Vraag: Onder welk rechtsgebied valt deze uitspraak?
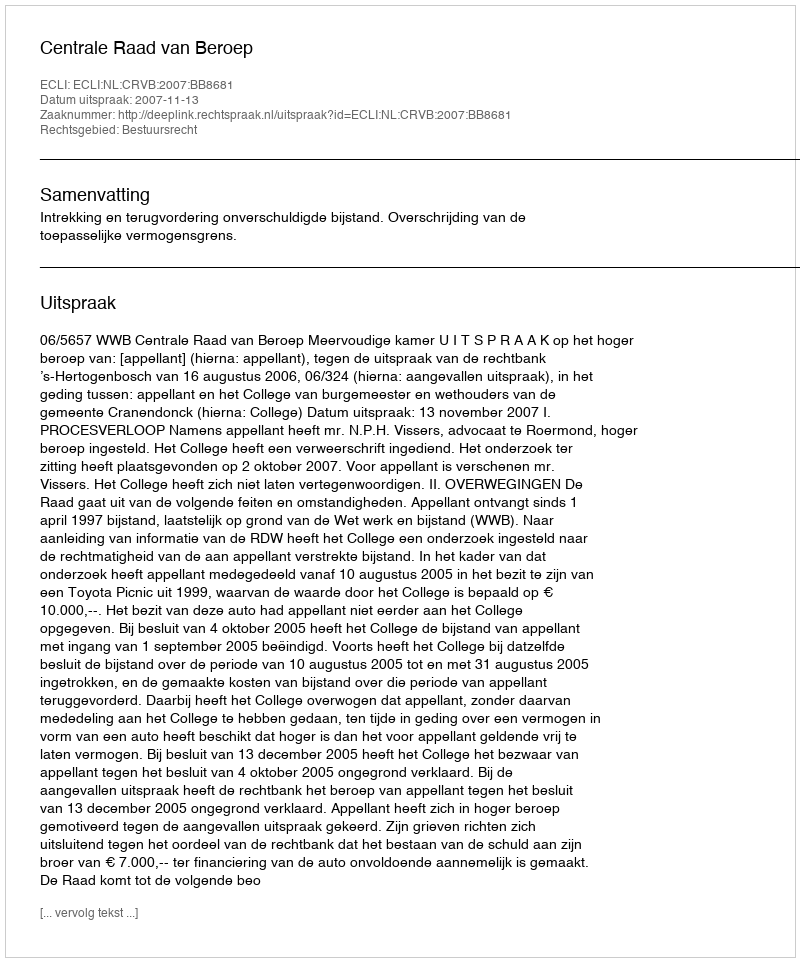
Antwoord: Bestuursrecht